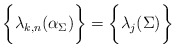
\begin{align*}\bigg\{ \lambda_{k,n}(\alpha_\Sigma) \bigg\} = \bigg\{ \lambda_j(\Sigma) \bigg\}\end{align*}